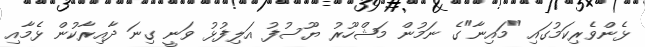
ޅެންވެރިކަމުގައި "މައިނާ"ގެ ނަމުން މަޝްހޫރު ޔޫސުފު އަލިފުޅު ވަނީ ގިނަ ދާއިރާކުން ޅެމާއި